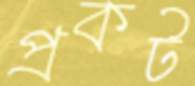
প্রকট